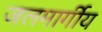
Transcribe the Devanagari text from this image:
जलमार्गीय